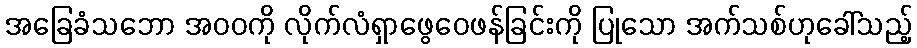
အခြေခံသဘော အဝဝကို လိုက်လံရှာဖွေဝေဖန်ခြင်းကို ပြုသော အက်သစ်ဟုခေါ်သည့်